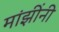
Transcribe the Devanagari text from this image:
मांझींनी